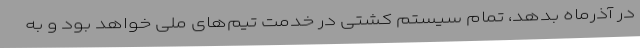
در آذرماه بدهد، تمام سیستم کشتی در خدمت تیم‌های ملی خواهد بود و به